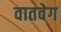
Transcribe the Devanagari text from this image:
वातवेग